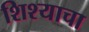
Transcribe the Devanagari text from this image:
शिश्याचा